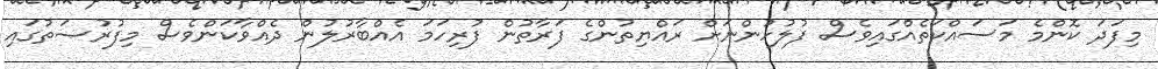
މިފަދަ ކޮންމެ މަސައްކަތެއްގައިވެސް ފުލުހުންނަށް ރައްޔިތުންގެ ފަރާތުން ފުރިހަމަ އެއްބާރުލުން ދެއްވާކަންވެސް މިފުރުޞަތުގައި